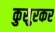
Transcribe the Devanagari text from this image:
कुसुरकर